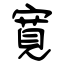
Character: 寛